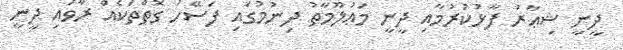
ދީނީ ޝިޢާރު ފާޅުކުރުމާއި ދީނީ މަޢުލޫމާތު ދިނުމުގައި ފަސޭހަ ގޮތްތަކެއް ރާވައި ދީނީ